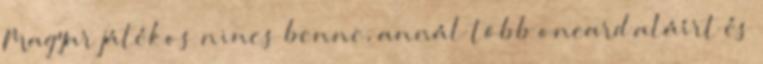
Magyar játékos nincs benne, annál több oncard aláírt és